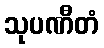
သုပဏီတံ